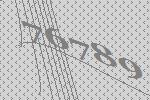
76789